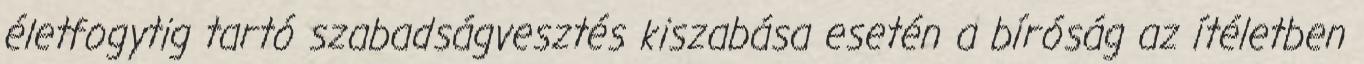
életfogytig tartó szabadságvesztés kiszabása esetén a bíróság az ítéletben